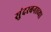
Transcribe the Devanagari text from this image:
सुंदरबनाच्या